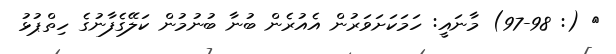
} (: 97-98) މާނައީ: ހަމަކަށަވަރުން އެއުރެން ބުނާ ބުނުމުން ކަލޭގެފާނުގެ ހިތްޕުޅު